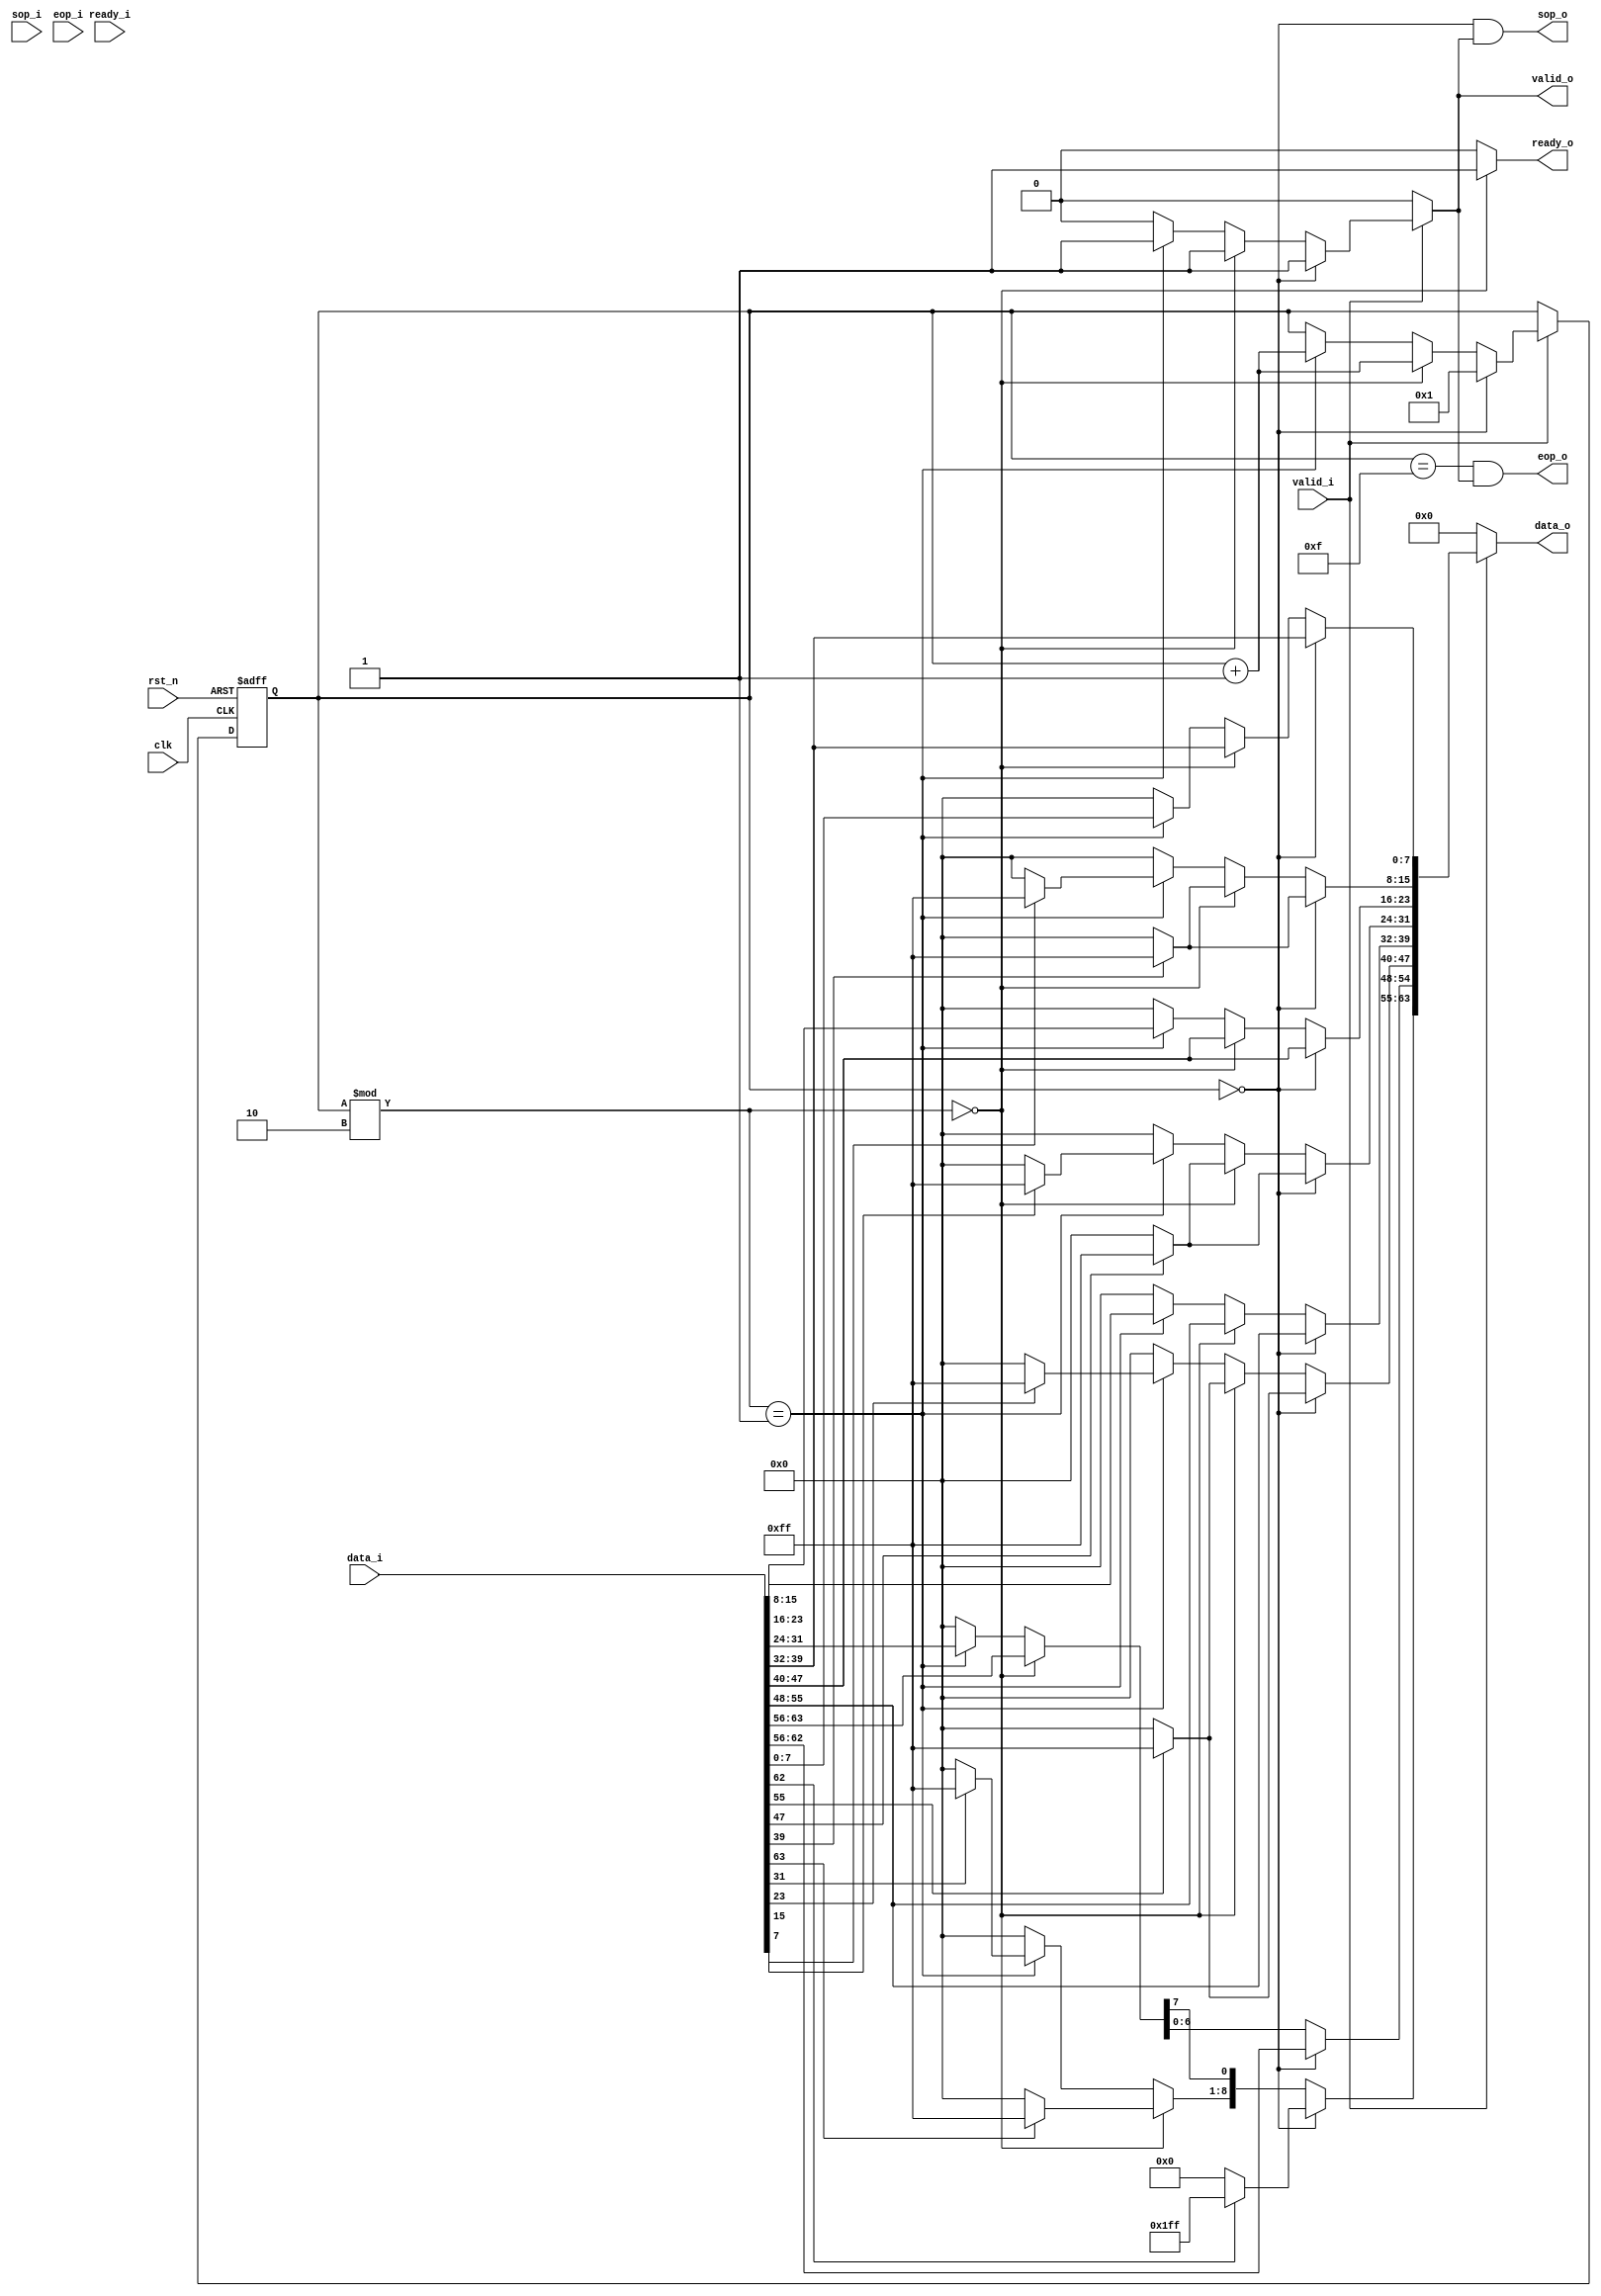

module SR_DECOMP 
(	input wire			rst_n,
	input wire			clk,
	
	input wire			valid_i,
	input wire [63:0]		data_i,
	input wire			sop_i,
	input wire			eop_i,
	
	input wire 			ready_i,

	output wire			ready_o,
	output reg			sop_o,
	output reg			eop_o,
	
	output wire			valid_o,
	output wire [63:0]		data_o
);
	
	reg				ready;
	reg [63:0]			data_out;
	reg				valid_out;
	reg [3:0]			bcnt, bcnt_n;		// burst count
	
	// Sequential logic //////////////////////////////////////////////
	always @(posedge clk or negedge rst_n) begin
		if (!rst_n) begin
			bcnt 		<= 4'b0;
		end
		else begin
			bcnt 		<= bcnt_n;
		end
	end
	////////////////////////////////////////////////////////////////////////////////////
	
	// rstn		____----------------------------------------------------------------
	// clk		____----____----____----____----____----____----____----____----____
	// sop_i	____--------________________________________________________________
	// data_i	____x===============x===============x===============x===============
	// valid_i	____----------------------------------------------------------------
	// ready_o	____--------________--------________--------________--------________
	// data_o	____x=======x=======x=======x=======x=======x=======x=======x=======
	// bcnt		____x   0   x   1   x   2   x   3   x   4   x   5   x   6   x   7   
	// valid_o	____----------------------------------------------------------------
	// ready_i	____----------------------------------------------------------------

	// Combination logic////////////////////////////////////////////////////////////////
	always @(*) begin
		bcnt_n = bcnt;
		valid_out = 0;
		data_out = 0;

		if (bcnt % 2 == 0) begin
			ready = 1;
		end else begin
			ready = 0;
		end
		if (valid_i) begin	
			if (!valid_out | (valid_out & ready_i)) begin
				if (bcnt == 0) begin
					data_out[63:55] = data_i[62] ? 9'b111111111 : 9'b000000000;
					data_out[54:48] = data_i[62:56];
					data_out[47:40] = data_i[55] ? 8'b11111111 : 8'b00000000;
					data_out[39:32] = data_i[55:48];
					data_out[31:24] = data_i[47] ? 8'b11111111 : 8'b00000000;
					data_out[23:16] = data_i[47:40];
					data_out[15: 8] = data_i[39] ? 8'b11111111 : 8'b00000000;
					data_out[ 7: 0] = data_i[39:32];
					valid_out = 1;
					bcnt_n = 1;
				end 
				else if (bcnt % 2 == 0) begin
					data_out[63:56] = data_i[63] ? 8'b11111111 : 8'b00000000;
					data_out[55:48] = data_i[63:56];
					data_out[47:40] = data_i[55] ? 8'b11111111 : 8'b00000000;
					data_out[39:32] = data_i[55:48];
					data_out[31:24] = data_i[47] ? 8'b11111111 : 8'b00000000;
					data_out[23:16] = data_i[47:40];
					data_out[15: 8] = data_i[39] ? 8'b11111111 : 8'b00000000;
					data_out[ 7: 0] = data_i[39:32];
					valid_out = 1;
					bcnt_n = bcnt + 1;
				end
				else if (bcnt % 2 == 1) begin
					data_out[63:56] = data_i[31] ? 8'b11111111 : 8'b00000000;
					data_out[55:48] = data_i[31:24];
					data_out[47:40] = data_i[23] ? 8'b11111111 : 8'b00000000;
					data_out[39:32] = data_i[23:16];
					data_out[31:24] = data_i[15] ? 8'b11111111 : 8'b00000000;
					data_out[23:16] = data_i[15: 8];
					data_out[15: 8] = data_i[ 7] ? 8'b11111111 : 8'b00000000;
					data_out[ 7: 0] = data_i[ 7: 0];
					valid_out = 1;
					bcnt_n = bcnt + 1;
				end
			end
		end				
		
		sop_o = (bcnt == 0 & valid_out);
		eop_o = (bcnt == 15 & valid_out);

	end
	
	assign ready_o = ready;
	assign data_o = data_out;
	assign valid_o = valid_out;
	
endmodule